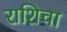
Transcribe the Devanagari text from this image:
राशिचा